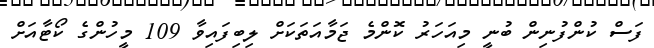
ފަސް ކުންފުނިން ބުނީ މިއަހަރު ކޮންމެ ޖަމާއަތަކަށް ލިބިފައިވާ 109 މީހުންގެ ކޯޓާއަށް